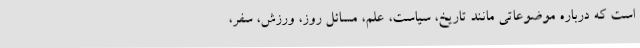
است که درباره موضوعاتی مانند تاریخ، سیاست، علم، مسائل روز، ورزش، سفر،